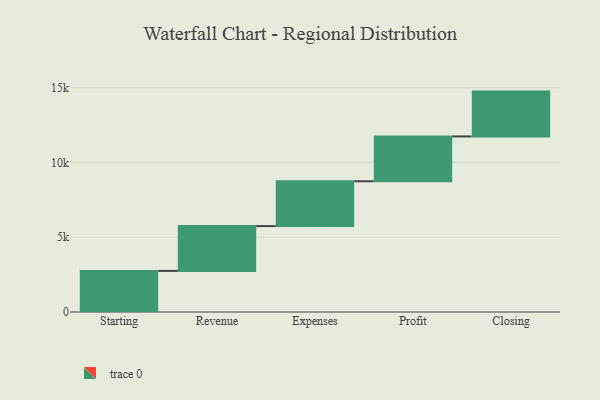
{"axis": {"x": "Step", "y": "Value"}, "legend": [""], "data": [{"x": "Starting", "y": 2750.0, "type": ""}, {"x": "Revenue", "y": 3000, "type": ""}, {"x": "Expenses", "y": 3000, "type": ""}, {"x": "Profit", "y": 3000, "type": ""}, {"x": "Closing", "y": 3000, "type": ""}]}